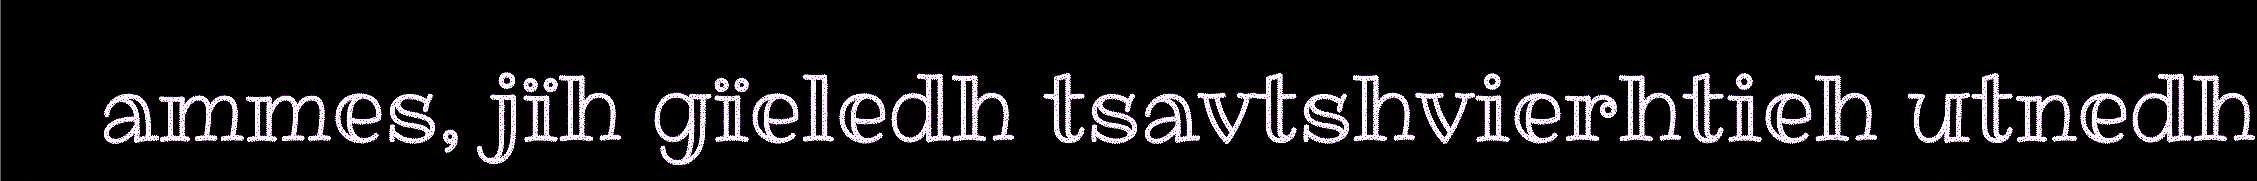
ammes, jïh gïeledh tsavtshvierhtieh utnedh